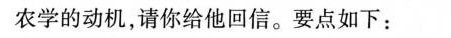
农学的动机，请你给他回信。要点如下：